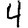
Digit: 4